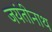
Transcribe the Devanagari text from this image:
जयंतीनाथ